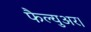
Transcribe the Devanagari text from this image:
फैल्युअर।